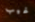
غيب